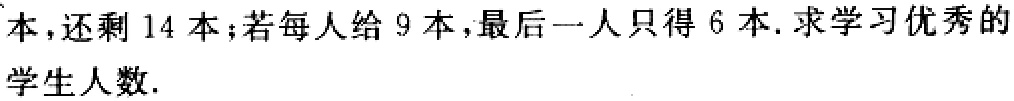
本,还剩 14 本;若每人给 9 本,最后一人只得 6 本.求学习优秀的

学生人数.